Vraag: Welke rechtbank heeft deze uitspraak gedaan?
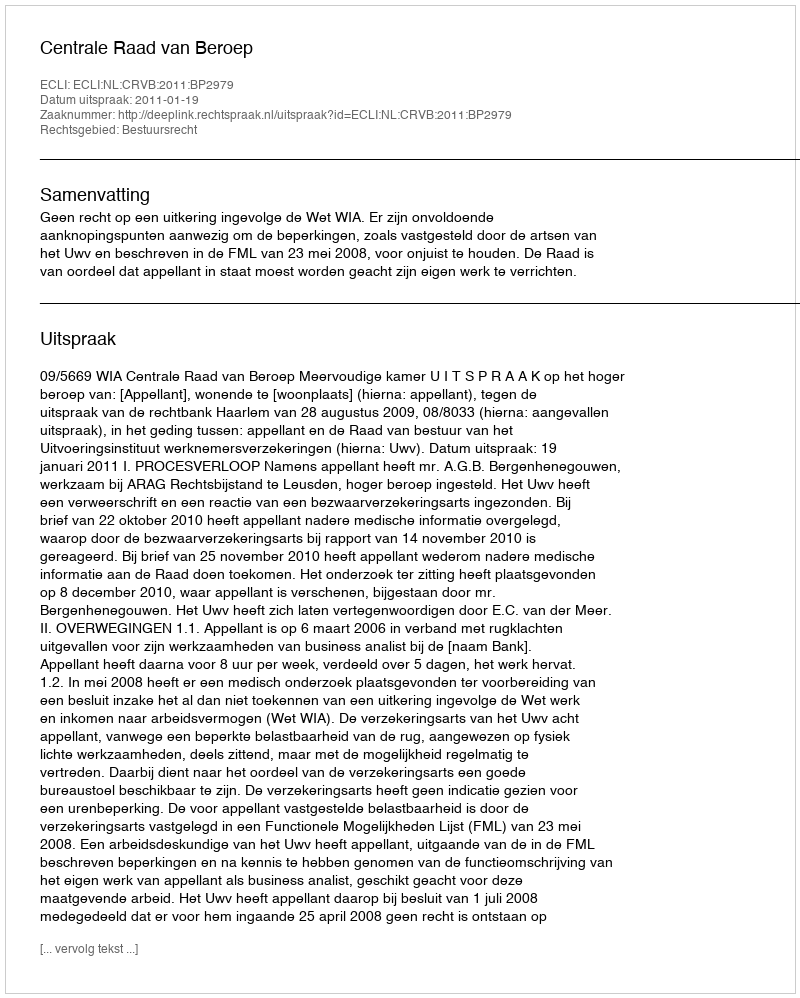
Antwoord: Centrale Raad van Beroep